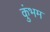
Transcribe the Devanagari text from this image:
कुंभम